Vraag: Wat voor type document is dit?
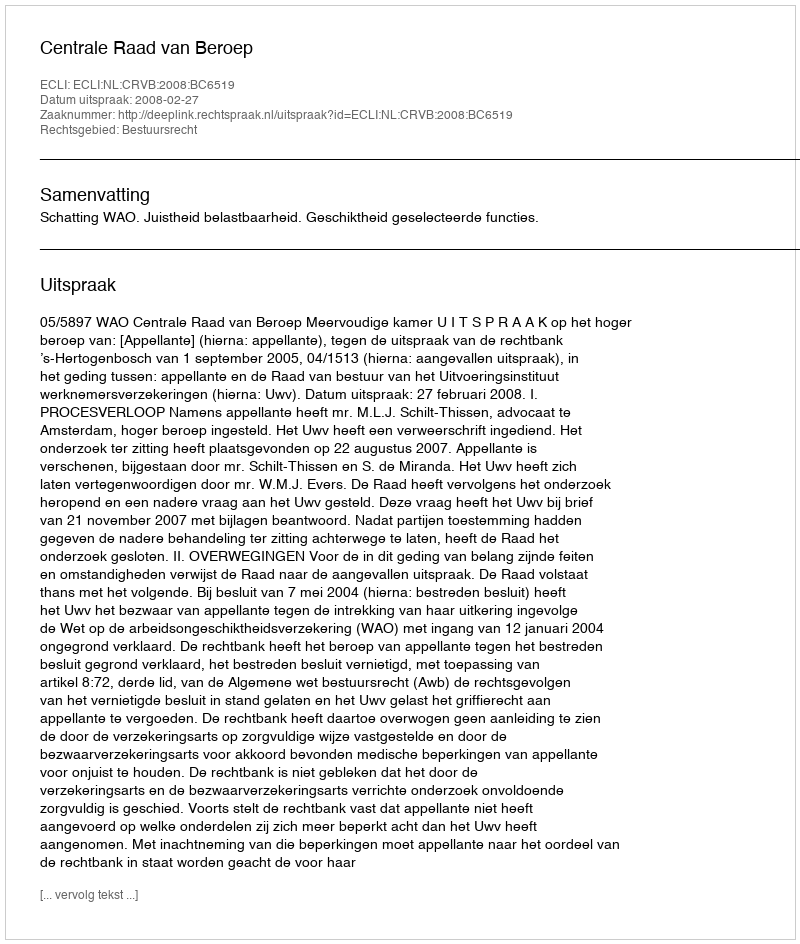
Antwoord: Uitspraak